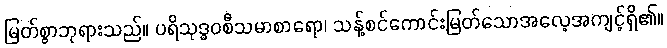
မြတ်စွာဘုရားသည်။ ပရိသုဒ္ဓဝစီသမာစာရော၊ သန့်စင်ကောင်းမြတ်သောအလေ့အကျင့်ရှိ၏။